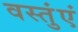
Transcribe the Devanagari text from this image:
वस्तुंएं